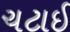
ચટાઈ